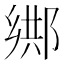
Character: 𨜕